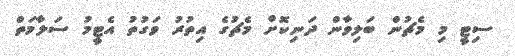
ސިޓީ މި މެޗުން ބަލިވާން ދަނިކޮށް މެޗުގެ އިތުރު ވަގުތު އެޓީމު ސަލާމަތް